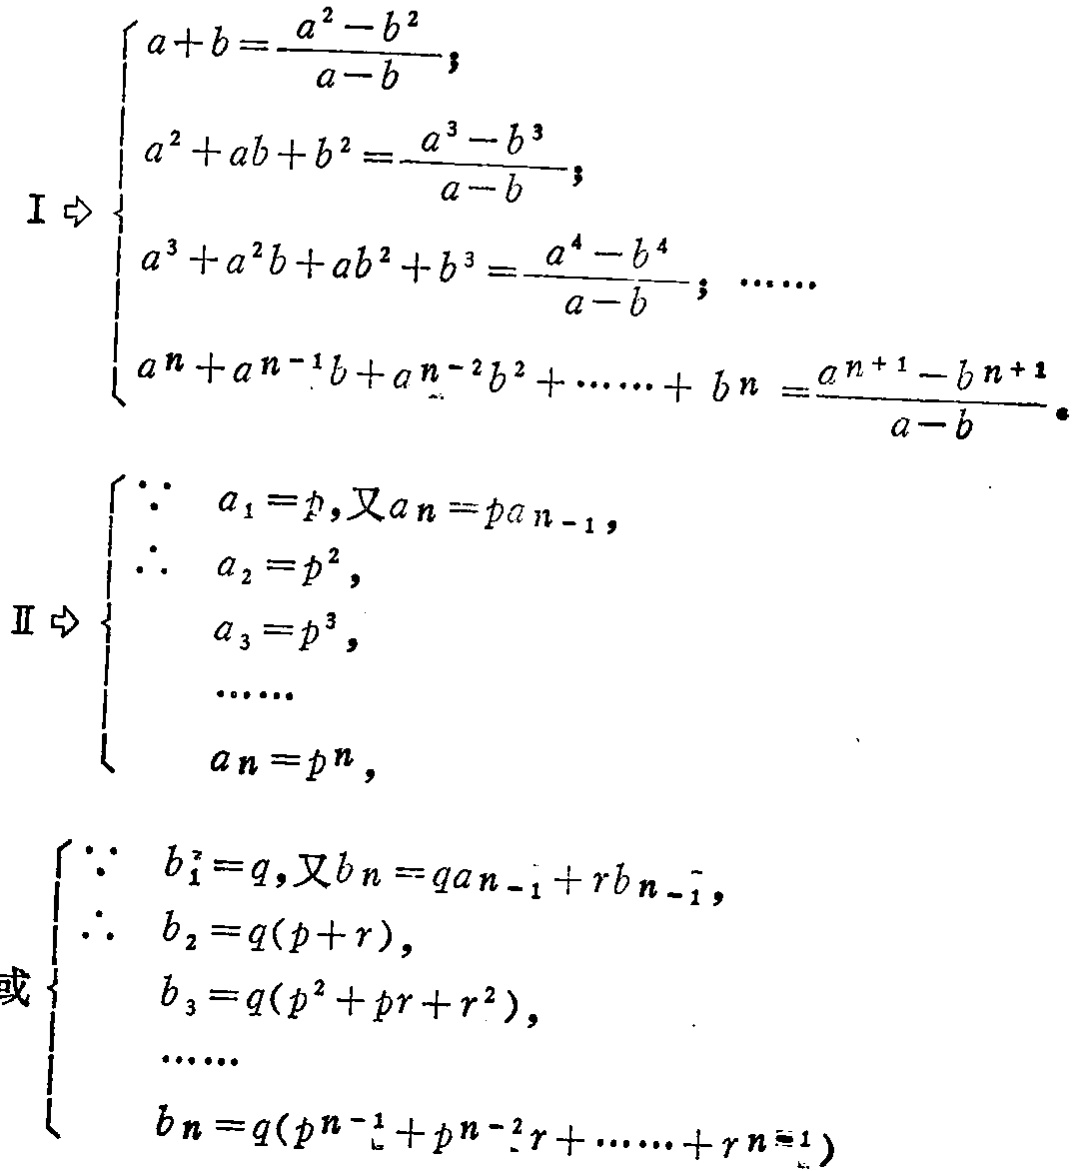
\[
\begin{cases}
a + b=\frac{a^{2}-b^{2}}{a - b};\\
a^{2}+ab + b^{2}=\frac{a^{3}-b^{3}}{a - b};\\
a^{3}+a^{2}b+ab^{2}+b^{3}=\frac{a^{4}-b^{4}}{a - b};\\
a^{n}+a^{n - 1}b+a^{n - 2}b^{2}+\cdots + b^{n}=\frac{a^{n + 1}-b^{n + 1}}{a - b}.
\end{cases}
\]
\[
\begin{cases}
\because a_{1}=p,\text{又}a_{n}=pa_{n - 1},\\
\therefore a_{2}=p^{2},\\
a_{3}=p^{3},\\
\cdots\\
a_{n}=p^{n},
\end{cases}
\]
\[
\begin{cases}
\because b_{1}=q,\text{又}b_{n}=qa_{n - 1}+rb_{n - 1},\\
\therefore b_{2}=q(p + r),\\
b_{3}=q(p^{2}+pr + r^{2}),\\
\cdots\\
b_{n}=q(p^{n - 1}+p^{n - 2}r+\cdots + r^{n - 1})
\end{cases}
\]